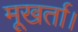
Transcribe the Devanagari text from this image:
मूखर्ता।